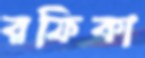
রফিকা